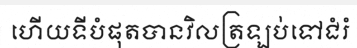
ហើយទីបំផុតបានវិលត្រឡប់ទៅជំរំ